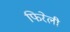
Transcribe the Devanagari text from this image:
फिरेली